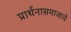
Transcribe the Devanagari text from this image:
प्रार्थनासमाजाचे